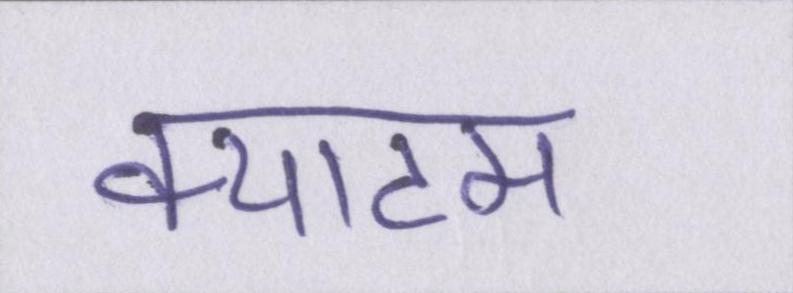
क्याटम